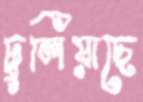
ঢুলিয়াছে